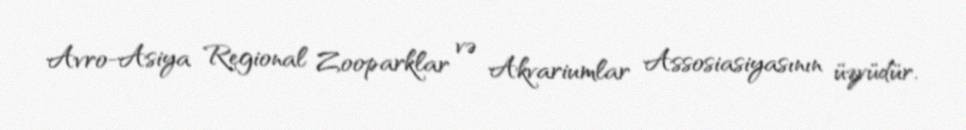
Avro-Asiya Regional Zooparklar və Akvariumlar Assosiasiyasının üzvüdür.